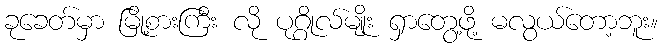
ခုခေတ်မှာ မြို့စားကြီး လို ပုဂ္ဂိုလ်မျိုး ရှာတွေ့ဖို့ မလွယ်တော့ဘူး။